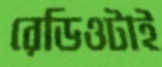
রেডিওটাই